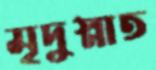
মৃদুস্নাত